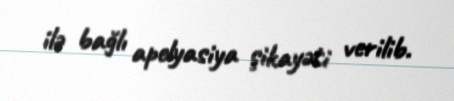
ilə bağlı apelyasiya şikayəti verilib.